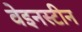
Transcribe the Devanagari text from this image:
वेइनस्टीन